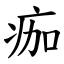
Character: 痂